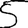
Digit: 5